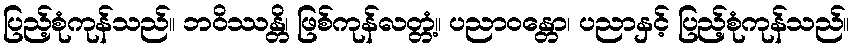
ပြည့်စုံကုန်သည်။ ဘဝိဿန္တိ၊ ဖြစ်ကုန်လတ္တံ့။ ပညာဝန္တော၊ ပညာနှင့် ပြည့်စုံကုန်သည်။